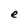
Character: e